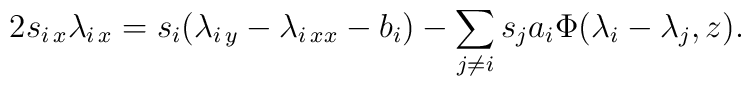
2s_{i\,x} \lambda_{i\,x}=s_i (\lambda_{i\,y}-\lambda_{i\,xx}-b_i)-\sum_{j\ne i} s_j a_i \Phi(\lambda_i-\lambda_j,z) .